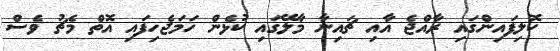
ކޮލިފައިންގައި ރާއްޖެ އާއި ޗައިނާ މާލޭގައި ކުޅެން ހަމަޖެހިފައި އޮތް މެޗު ވެސް